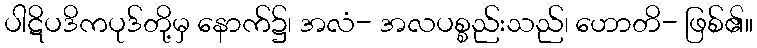
ပါဋိပဒိကပုဒ်တို့မှ နောက်၌၊ အလံ- အလပစ္စည်းသည်၊ ဟောတိ- ဖြစ်၏။